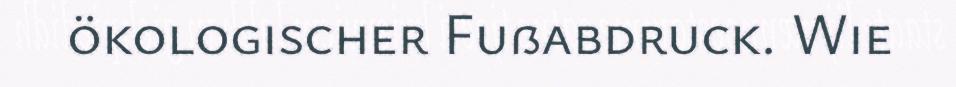
ökologischer Fußabdruck. Wie